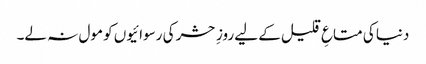
دنیا کی متاعِ قلیل کے لیے روزِ حشر کی رسوائیوں کو مول نہ لے۔